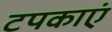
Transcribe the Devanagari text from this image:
टपकाएं